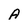
Character: A